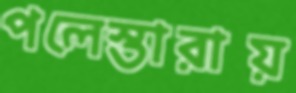
পলেস্তারায়